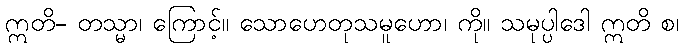
ဣတိ- တသ္မာ၊ ကြောင့်။ သောဟေတုသမူဟော၊ ကို။ သမုပ္ပါဒေါ ဣတိ စ၊